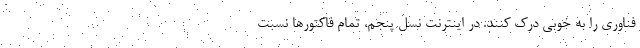
فناوری را به خوبی درک کنند. در اینترنت نسل پنجم، تمام فاکتورها نسبت